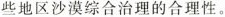
些地区沙漠综合治理的合理性。